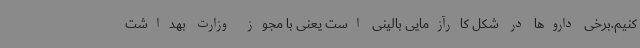
کنیم.برخی داروها در شکل کارآزمایی بالینی است یعنی با مجوز وزارت بهداشت